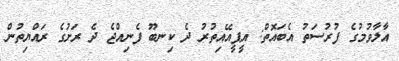
އާލާވުމުގެ ފުރުސަތު އެބައޮތް: އީޕީއޭއިތުރު ދެ ކިނބޫ ފެނިއްޖެ ދެ ރަށުގެ ރައްޔިތުން